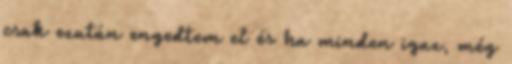
csak ezután engedtem el és ha minden igaz, még